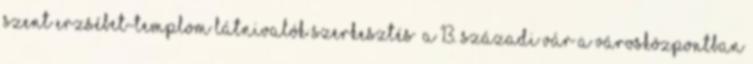
Szent Erzsébet-templom Látnivalók szerkesztés A 13. századi vár a városközpontban